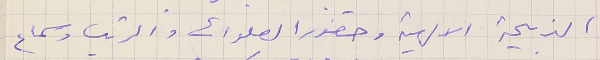
الذبيحة الالهية وحضور الصلوات والرتب وسماع